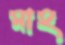
মাহ